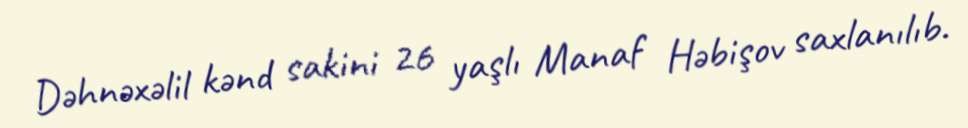
Dəhnəxəlil kənd sakini 26 yaşlı Manaf Həbişov saxlanılıb.